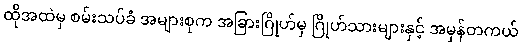
ထိုအထဲမှ စမ်းသပ်ခံ အများစုက အခြားဂြိုဟ်မှ ဂြိုဟ်သားများနှင့် အမှန်တကယ်